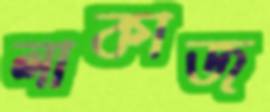
লাকাজ